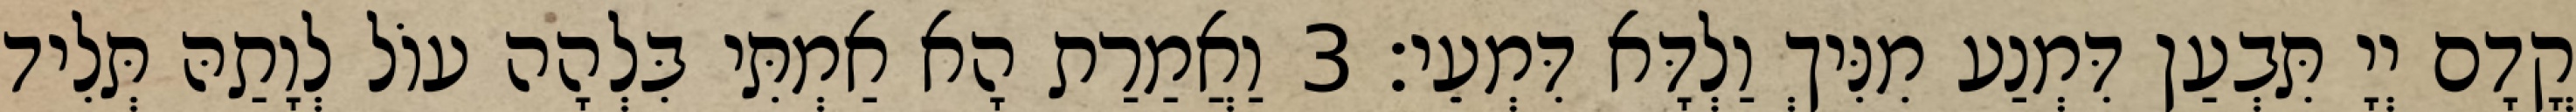
קֳדָם יְיָ תִּבְעַן דִּמְנַע מִנִּיךְ וַלְדָּא דִּמְעֵי׃ 3 וַאֲמַרַת הָא אַמְתִּי בִּלְהָה עוֹל לְוָתַהּ תְּלִיד